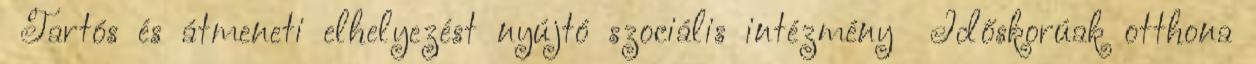
▪Tartós és átmeneti elhelyezést nyújtó szociális intézmény ▪Időskorúak otthona